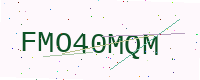
Text: FMO40MQM